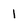
Character: 1